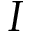
I